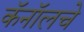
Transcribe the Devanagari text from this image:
कॅनॉलचे